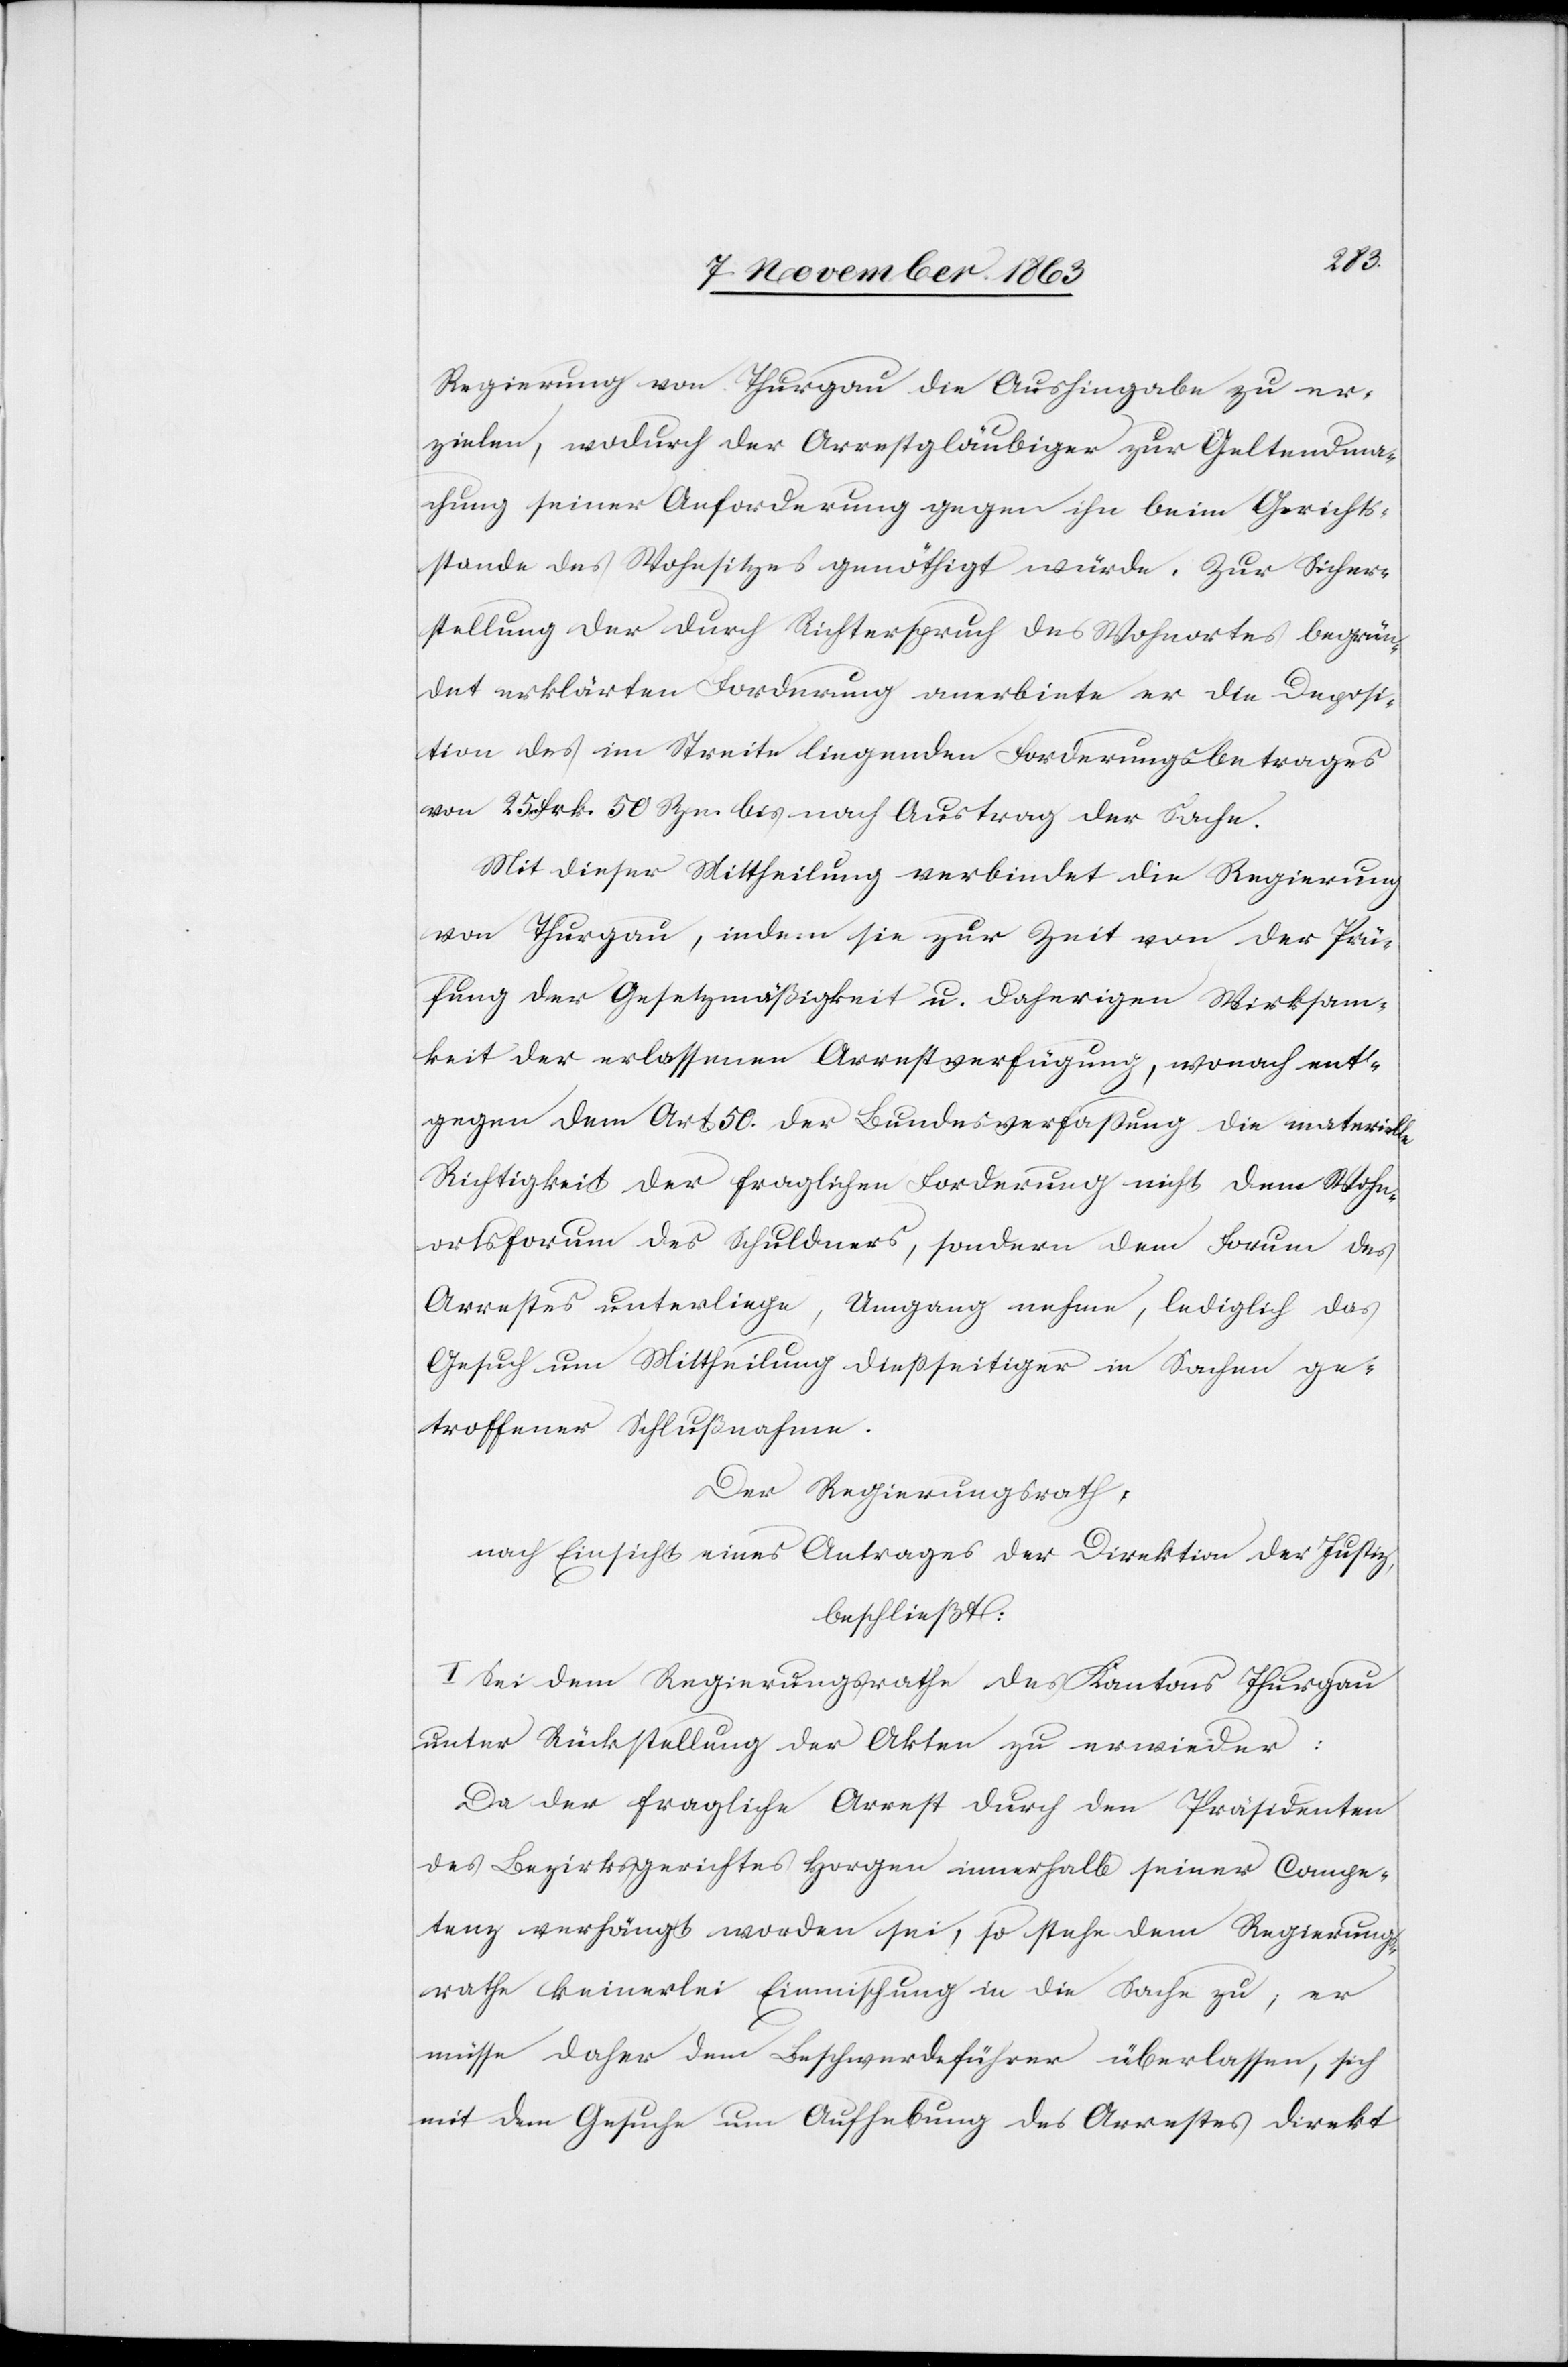
Regierung von Thurgau die Aushingabe zu er¬
zielen, wodurch der Arrestgläubiger zur Geltendma¬
chung seiner Anforderung gegen ihn beim Gerichts¬
stande des Wohnsitzes genöthigt würde. Zur Sicher¬
stellung der durch Richterspruch des Wohnortes begrün¬
det erklärten Forderung anerbiete er die Deposi¬
tion des im Streite liegenden Forderungsbetrages
von 25 Frk. 50 Rpn. bis nach Austrag der Sache.
Mit dieser Mittheilung verbindet die Regierung
von Thurgau, indem sie zur Zeit von der Prü¬
fung der Gesetzmäßigkeit u. daherigen Wirksam¬
keit der erlassenen Arrestverfügung, wonach ent¬
gegen dem Art. 50. der Bundesverfassung die materielle
Richtigkeit der fraglichen Forderung nicht dem Wohn¬
ortsforum des Schuldners, sondern dem Forum des
Arrestes unterliege, Umgang nehme, lediglich das
Gesuch um Mittheilung diessseitiger in Sachen ge¬
troffener Schlußnahme.
Der Regierungsrath,
nach Einsicht eines Antrages der Direktion der Justiz
beschließt:
I. Sei dem Regierungsrathe des Kantons Thurgau
unter Rückstellung der Akten zu erwieder[n]:
Da der fragliche Arrest durch den Präsidenten
des Bezirksgerichtes Horgen innerhalb seiner Compe¬
tenz verhängt worden sei, so stehe dem Regierungs¬
rathe keinerlei Einmischung in die Sache zu; er
müsse daher dem Beschwerdeführer überlassen, sich
mit dem Gesuche um Aufhebung des Arrestes direkt